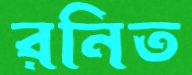
রনিত